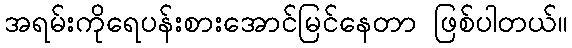
အရမ်းကိုရေပန်းစားအောင်မြင်နေတာ ဖြစ်ပါတယ်။